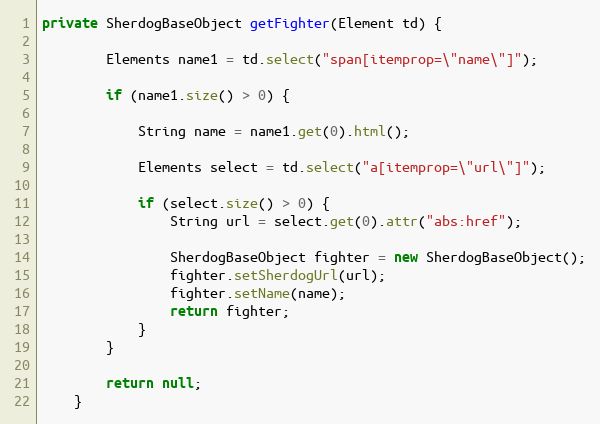
Language: Java
private SherdogBaseObject getFighter(Element td) {

        Elements name1 = td.select("span[itemprop=\"name\"]");

        if (name1.size() > 0) {

            String name = name1.get(0).html();

            Elements select = td.select("a[itemprop=\"url\"]");

            if (select.size() > 0) {
                String url = select.get(0).attr("abs:href");

                SherdogBaseObject fighter = new SherdogBaseObject();
                fighter.setSherdogUrl(url);
                fighter.setName(name);
                return fighter;
            }
        }

        return null;
    }